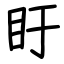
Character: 盱